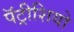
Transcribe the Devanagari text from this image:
पॅट्रीशियो